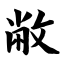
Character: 敝